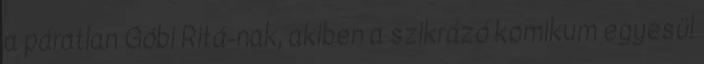
a páratlan Góbi Ritá-nak, akiben a szikrázó komikum egyesül